Civil Veterinary Dept. Assam report 1927-50 - 1927-1950
Year: 1927
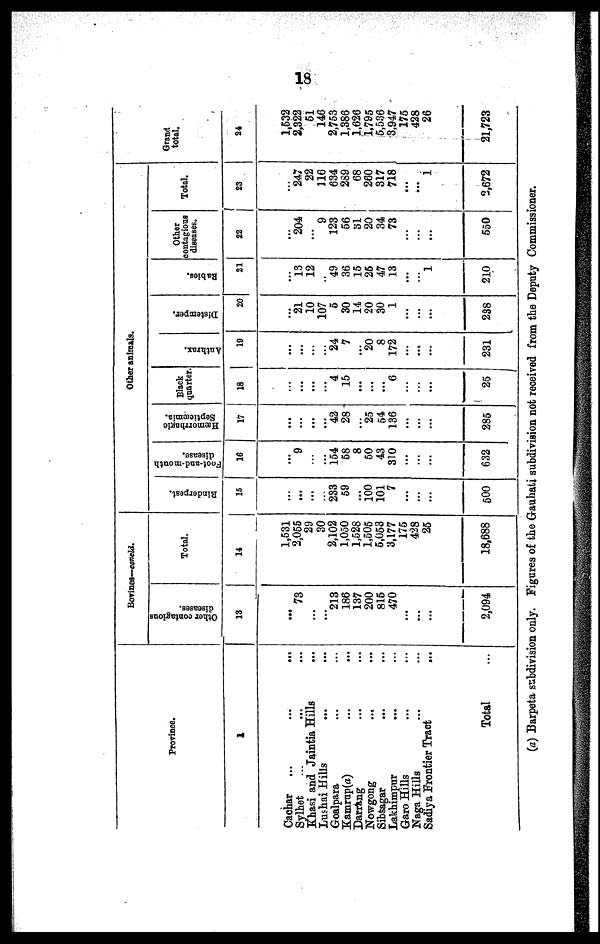
18
Province.
1
Cachar ...
...
...
Sylhet ... ... ...
Khasi and Jaintia Hills ...
Lushai Hills ... ...
Goalpara ... ...
Kamrup(a) ... ...
Darrang ... ...
Nowgong ... ...
Sibsagar ... ...
Lakhimpur ... ...
Garo Hills ... ...
Naga Hills ... ...
Sadiya Frontier Tract ...
Total …
Bovines—concld.
Other contagions
diseases.
13
...
73
...
...
213
186
137
200
815
470
...
...
…
2,094
Total.
14
1,531
2,055
29
30
2,102
1,050
1,528
1,505
5,053
3,177
175
428
25
18,688
Other animals
Rinderpest.
15
…
...
...
…
233
59
...
100
101
7
...
...
…
500
Foot-and-month
disease.
16
…
9
…
...
154
58
8
50
43
310
...
…
…
632
Hæmorrhafcic
Septicæmia.
17
…
…
...
...
42
28
...
25
54
136
...
...
…
285
Black
quarter.
18
…
...
...
...
4
15
...
...
...
6
…
…
…
25
Anthrax.
19
…
...
…
…
24
7
…
20
8
172
...
...
…
231
Distemper.
20
…
21
10
107
5
30
14
20
30
1
...
...
...
238
Babies.
21
…
13
12
…
49
36
15
25
47
13
...
…
1
210
Other
contagious
diseases.
22
…
204
…
9
123
56
31
20
34
73
...
...
...
550
Total.
23
…
247
22
116
634
289
68
260
317
718
...
...
1
2,672
Grand
total.
24
1,532
2,322
51
146
2,753
1,386
1,626
1,795
5,536
3,947
175
428
26
21,723
(a) Barpeta subdivision only. Figures of the Grauhati subdivision not received from the Deputy Commissioner.